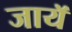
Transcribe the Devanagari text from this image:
जायॅ